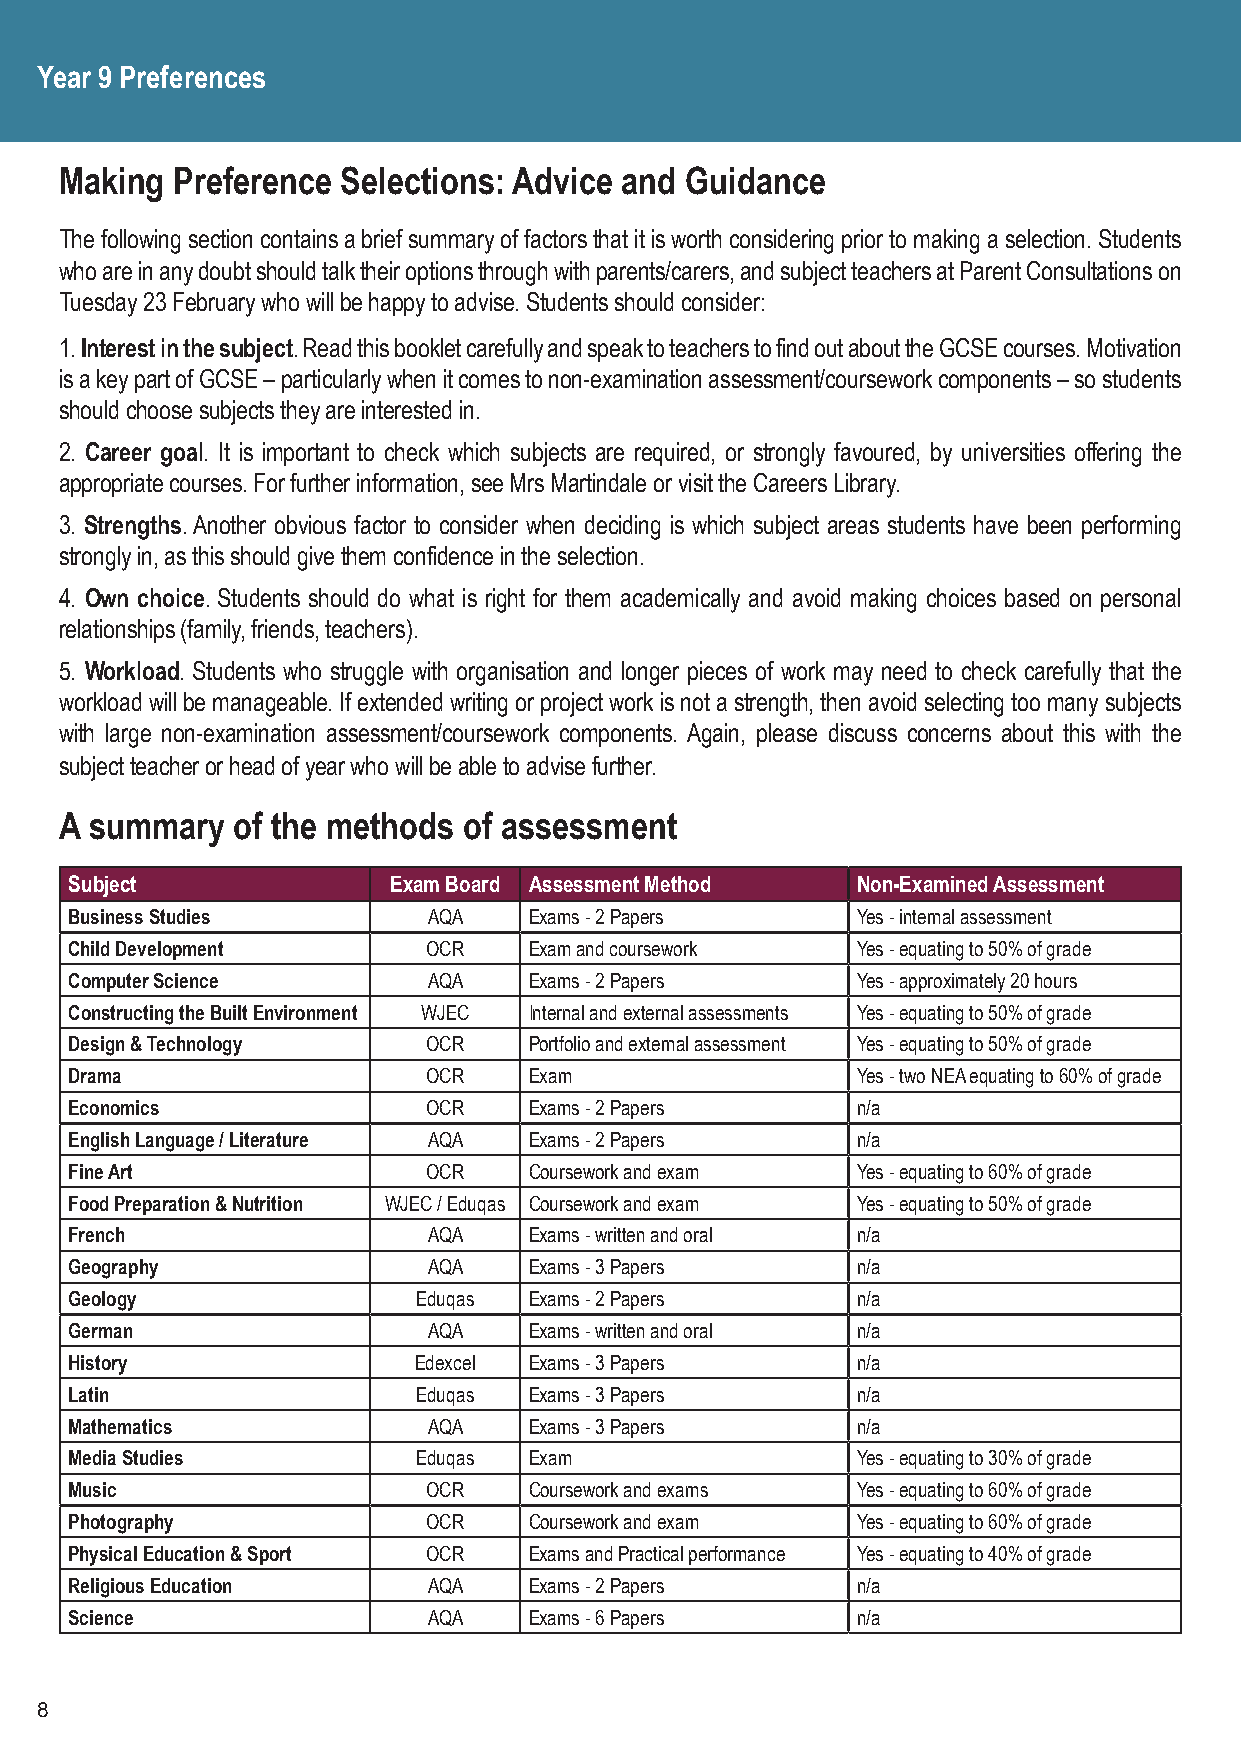
Year 9 Preferences
 Making Preference  Selections: Advice and Guidance
 The following section contains a brief summary of factors that it is worth considering prior to making a selection. Students
 who are in any doubt should talk their options through with parents/carers, and subject teachers at Parent Consultations on
 Tuesday 23 February who will be happy to advise. Students should consider:
 1. Interest in the subject. Read this booklet carefully and speak to teachers to find out about the GCSE courses. Motivation
 is a key part of GCSE – particularly when it comes to non-examination assessment/coursework components – so students
 should choose subjects they are interested in.
 2. Career goal. It is important to check which subjects are required, or strongly favoured, by universities offering the
 appropriate courses. For further information, see Mrs Martindale or visit the Careers Library.
 3. Strengths. Another obvious factor to consider when deciding is which subject areas students have been performing
 strongly in, as this should give them confidence in the selection.
 4. Own choice. Students should do what is right for them academically and avoid making choices based on personal
 relationships (family, friends, teachers).
 5. Workload. Students who struggle with organisation and longer pieces of work may need to check carefully that the
 workload will be manageable. If extended writing or project work is not a strength, then avoid selecting too many subjects
 with large non-examination assessment/coursework components. Again, please discuss concerns about this with the
 subject teacher or head of year who will be able to advise further.
 A summary  of the methods  of assessment
 Subject              Exam Board Assessment Method   Non-Examined Assessment
 Business Studies       AQA    Exams - 2 Papers      Yes - internal assessment
 Child Development      OCR    Exam and coursework   Yes - equating to 50% of grade
 Computer Science       AQA    Exams - 2 Papers      Yes - approximately 20 hours
 Constructing the Built Environment WJEC Internal and external assessments Yes - equating to 50% of grade
 Design & Technology    OCR    Portfolio and external assessment Yes - equating to 50% of grade
 Drama                  OCR    Exam                  Yes - two NEA equating to 60% of grade
 Economics              OCR    Exams - 2 Papers      n/a
 English Language / Literature AQA Exams - 2 Papers  n/a
 Fine Art               OCR    Coursework and exam   Yes - equating to 60% of grade
 Food Preparation & Nutrition WJEC / Eduqas Coursework and exam Yes - equating to 50% of grade
 French                 AQA    Exams - written and oral n/a
 Geography              AQA    Exams - 3 Papers      n/a
 Geology                Eduqas Exams - 2 Papers      n/a
 German                 AQA    Exams - written and oral n/a
 History               Edexcel Exams - 3 Papers      n/a
 Latin                  Eduqas Exams - 3 Papers      n/a
 Mathematics            AQA    Exams - 3 Papers      n/a
 Media Studies          Eduqas Exam                  Yes - equating to 30% of grade
 Music                  OCR    Coursework and exams  Yes - equating to 60% of grade
 Photography            OCR    Coursework and exam   Yes - equating to 60% of grade
 Physical Education & Sport OCR Exams and Practical performance Yes - equating to 40% of grade
 Religious Education    AQA    Exams - 2 Papers      n/a
 Science                AQA    Exams - 6 Papers      n/a
 8